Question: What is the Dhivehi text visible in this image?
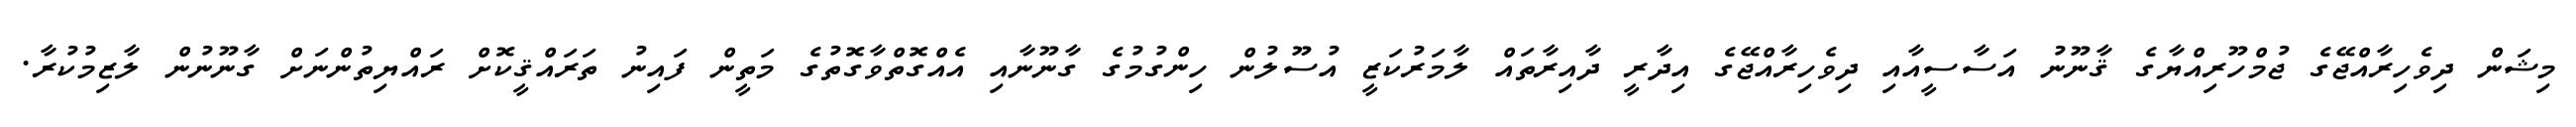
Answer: މިޝަން ދިވެހިރާއްޖޭގެ ޖުމްހޫރިއްޔާގެ ޤާނޫނު އަސާސީއާއި ދިވެހިރާއްޖޭގެ އިދާރީ ދާއިރާތައް ލާމަރުކަޒީ އުސޫލުން ހިންގުމުގެ ގާނޫނާއި އެއްގޮތްވާގޮތުގެ މަތީން ފައިނު ތަރައްޤީކޮށް ރައްޔިތުންނަށް ގާނޫނުން ލާޒިމުކުރާ.